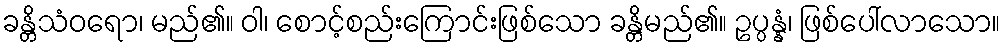
ခန္တိသံဝရော၊ မည်၏။ ဝါ၊ စောင့်စည်းကြောင်းဖြစ်သော ခန္တိမည်၏။ ဥပ္ပန္နံ၊ ဖြစ်ပေါ်လာသော။